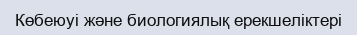
Көбеюуі және биологиялық ерекшеліктері